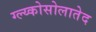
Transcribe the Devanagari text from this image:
ग्ल्य्कोसोलातेद